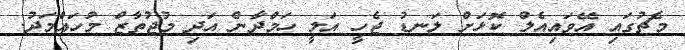
މެޗުގައި އޭވައިއެލް ކޮޅަށް ލަނޑު ޖެހީ އަލީ ހަމްދާން އަދި މުޖުތާޒް މުހައްމަދު.